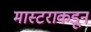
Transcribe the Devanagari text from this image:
मास्टराकडून